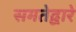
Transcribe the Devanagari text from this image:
समतेद्वारे